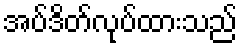
အပ်ဒိတ်လုပ်ထားသည်